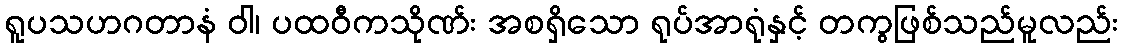
ရူပသဟဂတာနံ ဝါ၊ ပထဝီကသိုဏ်း အစရှိသော ရုပ်အာရုံနှင့် တကွဖြစ်သည်မူလည်း